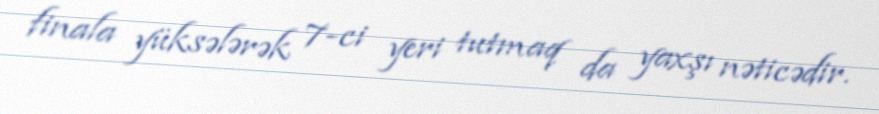
finala yüksələrək 7-ci yeri tutmaq da yaxşı nəticədir.